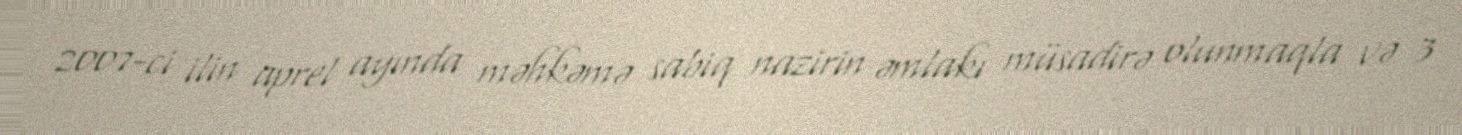
2007-ci ilin aprel ayında məhkəmə sabiq nazirin əmlakı müsadirə olunmaqla və 3